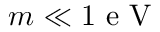
m \ll 1 \mathrm { ~ e ~ V ~ }